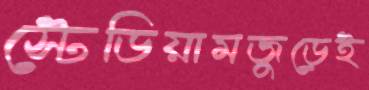
স্টেডিয়ামজুড়েই